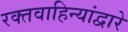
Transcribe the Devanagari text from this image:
रक्तवाहिन्यांद्वारे